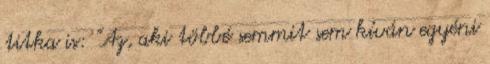
titka is: "Az, aki többé semmit sem kíván egyéni